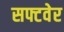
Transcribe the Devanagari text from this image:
सफ्टवेर